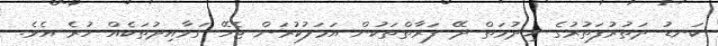
ކަނޑު ދަތުރުފަތުރުގެ ޚިދުމަތް ދޭ ފަރާތްތަކުން އަމަލުކުރަން ޖެހޭ ގަވާއިދުތަކެއް ހުރެ އެވެ.